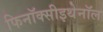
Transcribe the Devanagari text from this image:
फिनॉक्सीइथेनॉल